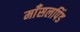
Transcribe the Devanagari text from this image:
माँसलपिंड